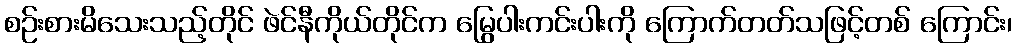
စဉ်းစားမိသေးသည့်တိုင် ဖဲင်နီကိုယ်တိုင်က မြွေပါးကင်းပါးကို ကြောက်တတ်သဖြင့်တစ် ကြောင်း၊